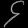
Digit: ၄